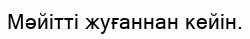
Мәйітті жуғаннан кейін.